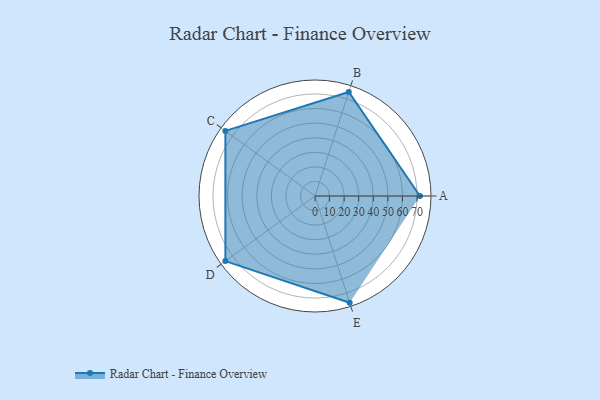
{"axis": {"x": "Skill", "y": "Score"}, "legend": ["Profile"], "data": [{"x": "A", "y": 72.0, "type": "Profile"}, {"x": "B", "y": 75.0, "type": "Profile"}, {"x": "C", "y": 76.0, "type": "Profile"}, {"x": "D", "y": 76.0, "type": "Profile"}, {"x": "E", "y": 77.0, "type": "Profile"}]}